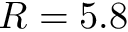
R = 5 . 8